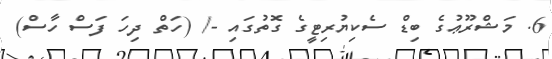
6. މަޝްރޫޢުގެ ބިޑް ސެކިޔުރިޓީގެ ގޮތުގައި -/ (ހަތް ދިހަ ފަސް ހާސް)